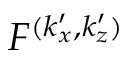
F ^ { ( k _ { x } ^ { \prime } , k _ { z } ^ { \prime } ) }